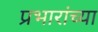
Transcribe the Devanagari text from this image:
प्रभारांच्या